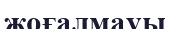
жоғалмауы